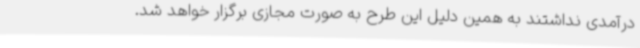
درآمدی نداشتند به همین دلیل این طرح به صورت مجازی برگزار خواهد شد.